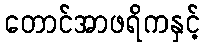
တောင်အာဖရိကနှင့်